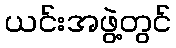
ယင်းအဖွဲ့တွင်